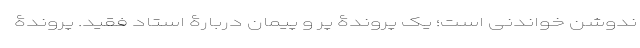
ندوشن خواندنی است؛ یک پروندۀ پر و پیمان دربارۀ استاد فقید. پروندۀ